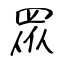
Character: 眾